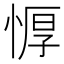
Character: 𰑱